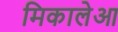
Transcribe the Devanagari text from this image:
मिकालेआ